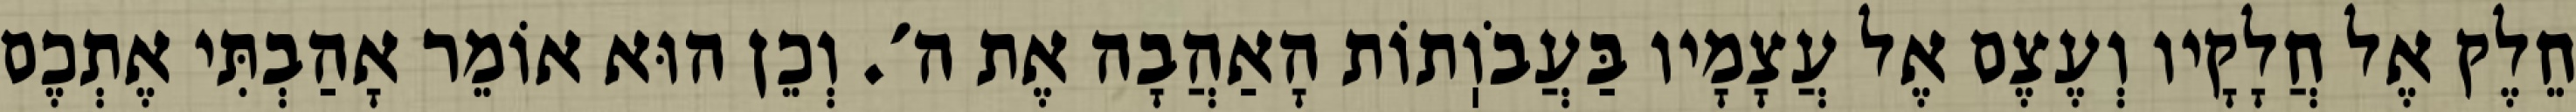
חֵלֶק אֶל חֲלָקָיו וְעֶצֶם אֶל עֲצָמָיו בַּעֲבֹוֽתוֹת הָאַהֲבָה אֶת ה׳. וְכֵן הוּא אוֹמֵר אָהַבְתִּי אֶתְכֶם